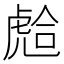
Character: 𧇎